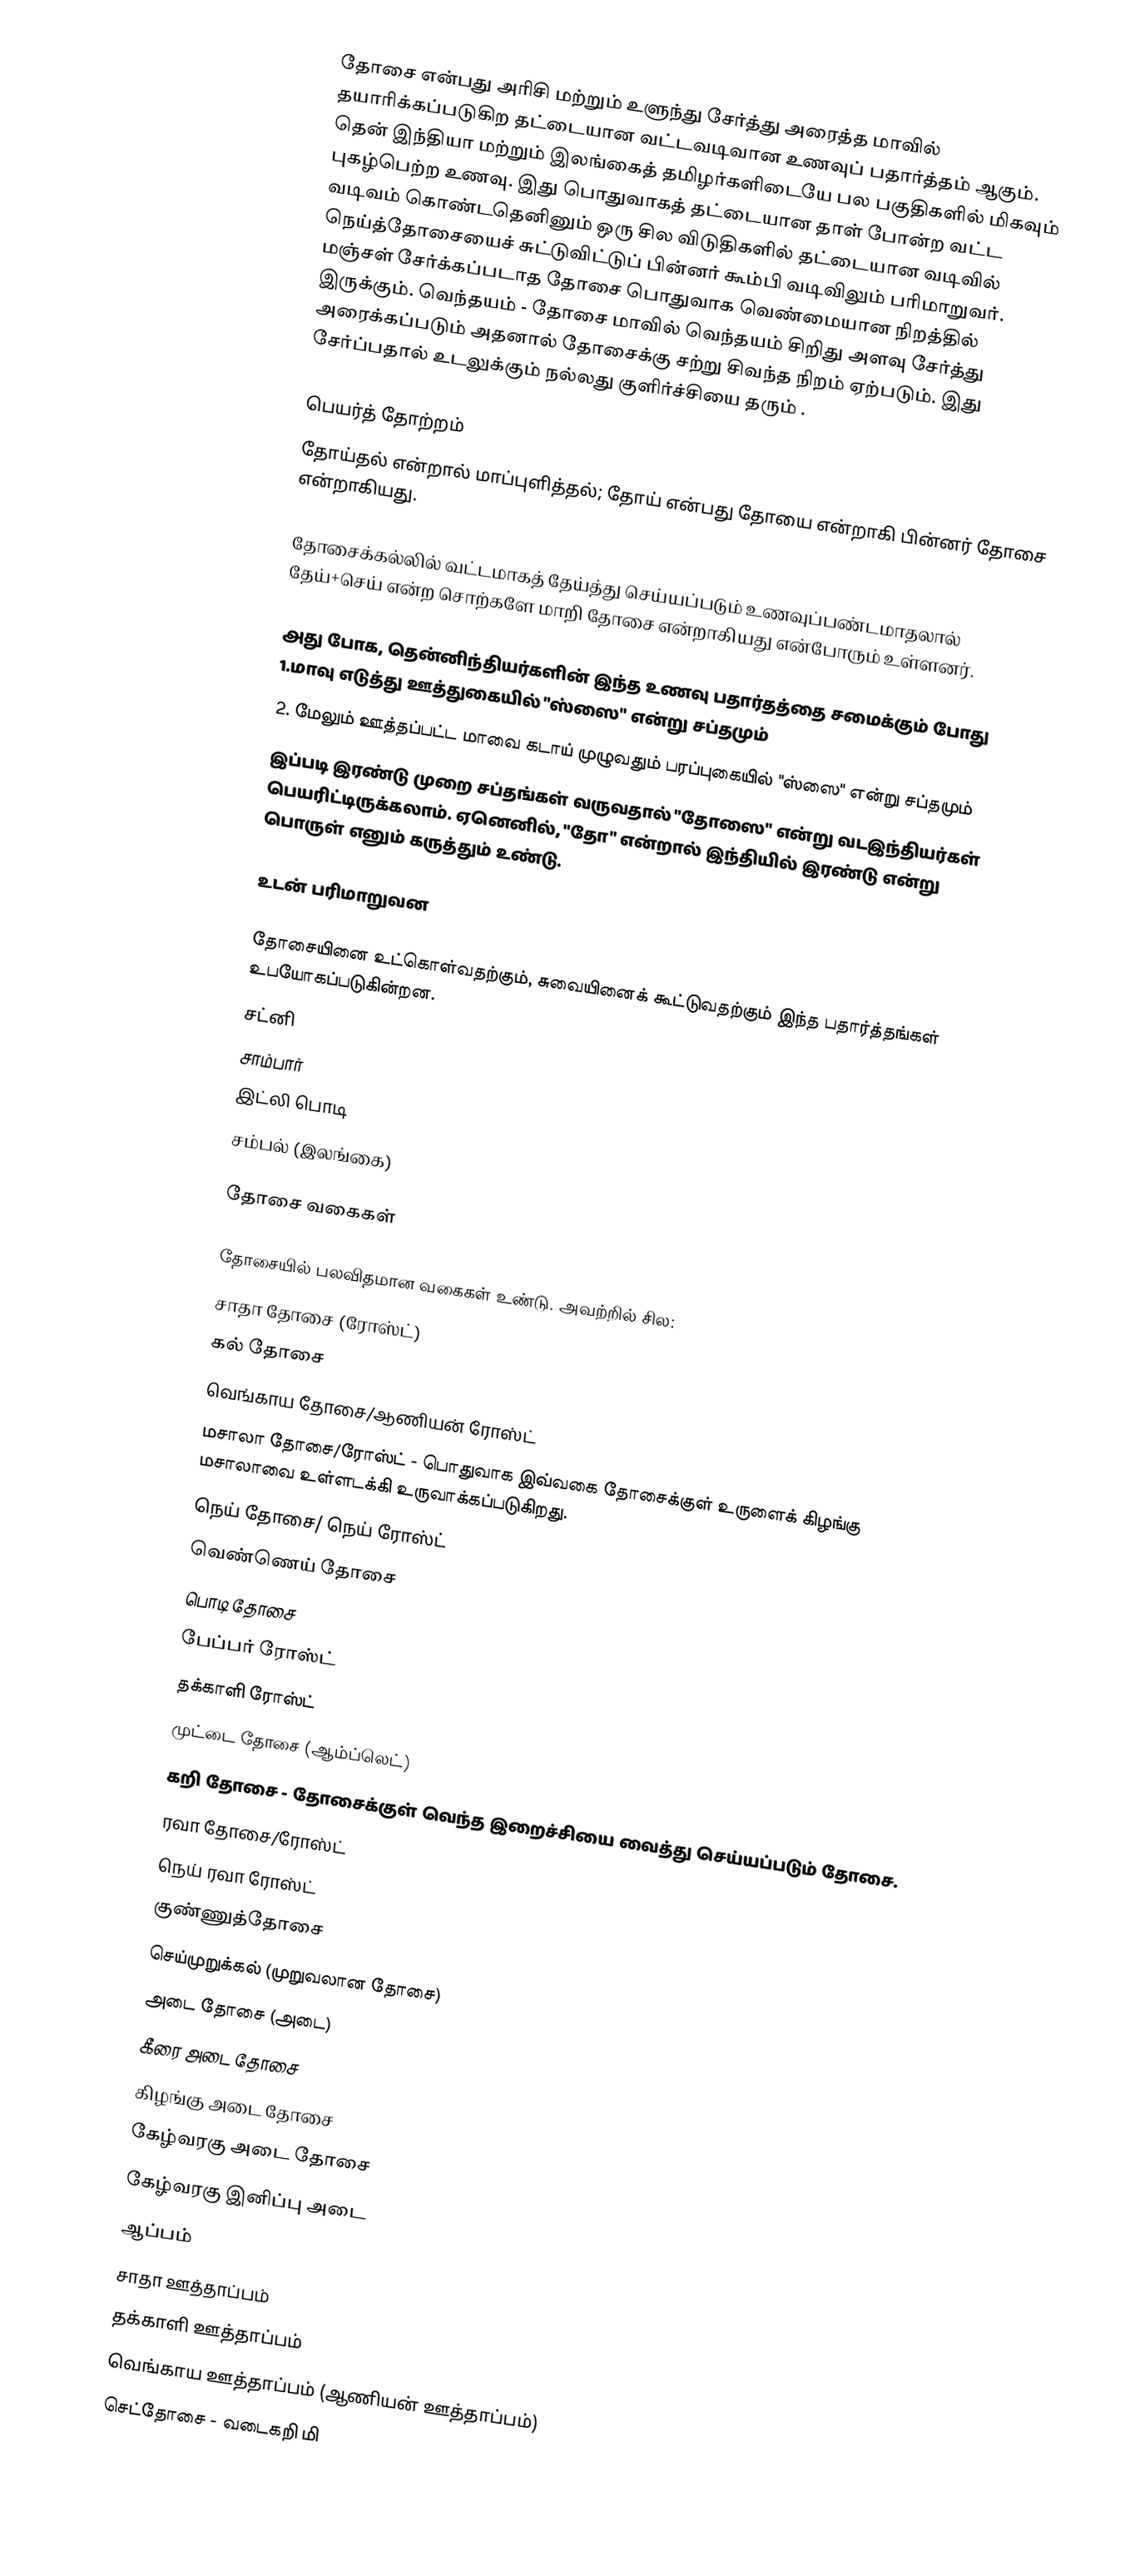
தோசை என்பது அரிசி மற்றும் உளுந்து சேர்த்து அரைத்த மாவில் தயாரிக்கப்படுகிற தட்டையான வட்டவடிவான உணவுப் பதார்த்தம் ஆகும்.  தென் இந்தியா மற்றும் இலங்கைத் தமிழர்களிடையே  பல பகுதிகளில் மிகவும் புகழ்பெற்ற உணவு. இது பொதுவாகத் தட்டையான தாள் போன்ற வட்ட வடிவம் கொண்டதெனினும் ஒரு சில விடுதிகளில் தட்டையான வடிவில் நெய்த்தோசையைச் சுட்டுவிட்டுப் பின்னர் கூம்பி வடிவிலும் பரிமாறுவர். மஞ்சள் சேர்க்கப்படாத தோசை பொதுவாக வெண்மையான நிறத்தில் இருக்கும். வெந்தயம் - தோசை மாவில் வெந்தயம் சிறிது அளவு சேர்த்து அரைக்கப்படும் அதனால் தோசைக்கு சற்று சிவந்த நிறம் ஏற்படும். இது சேர்ப்பதால் உடலுக்கும் நல்லது குளிர்ச்சியை தரும் .

பெயர்த் தோற்றம்
தோய்தல் என்றால் மாப்புளித்தல்; தோய் என்பது தோயை என்றாகி பின்னர் தோசை என்றாகியது.

தோசைக்கல்லில் வட்டமாகத் தேய்த்து செய்யப்படும் உணவுப்பண்டமாதலால் தேய்+செய் என்ற சொற்களே மாறி தோசை என்றாகியது என்போரும் உள்ளனர்.

அது போக, தென்னிந்தியர்களின் இந்த உணவு பதார்தத்தை சமைக்கும் போது 1.மாவு எடுத்து ஊத்துகையில் "ஸ்ஸை" என்று சப்தமும்
2. மேலும் ஊத்தப்பட்ட மாவை கடாய் முழுவதும் பரப்புகையில் "ஸ்ஸை" என்று சப்தமும்
இப்படி இரண்டு முறை சப்தங்கள் வருவதால் "தோஸை" என்று வடஇந்தியர்கள் பெயரிட்டிருக்கலாம். ஏனெனில், "தோ" என்றால் இந்தியில் இரண்டு என்று பொருள் எனும் கருத்தும் உண்டு.

உடன் பரிமாறுவன

தோசையினை உட்கொள்வதற்கும், சுவையினைக் கூட்டுவதற்கும் இந்த பதார்த்தங்கள் உபயோகப்படுகின்றன.
சட்னி
சாம்பார்
 இட்லி பொடி
 சம்பல் (இலங்கை)

தோசை வகைகள்

தோசையில் பலவிதமான வகைகள் உண்டு. அவற்றில் சில:
 சாதா தோசை (ரோஸ்ட்)
 கல் தோசை
 வெங்காய தோசை/ஆணியன் ரோஸ்ட்
 மசாலா தோசை/ரோஸ்ட் - பொதுவாக இவ்வகை தோசைக்குள் உருளைக் கிழங்கு மசாலாவை உள்ளடக்கி உருவாக்கப்படுகிறது.
 நெய் தோசை/ நெய் ரோஸ்ட்
வெண்ணெய் தோசை
 பொடி தோசை
 பேப்பர் ரோஸ்ட்
 தக்காளி ரோஸ்ட்
 முட்டை தோசை (ஆம்ப்லெட்)
 கறி தோசை - தோசைக்குள் வெந்த இறைச்சியை வைத்து செய்யப்படும் தோசை.
 ரவா தோசை/ரோஸ்ட்
 நெய் ரவா ரோஸ்ட்
 குண்ணுத்தோசை
 செய்முறுக்கல் (முறுவலான தோசை)
 அடை தோசை (அடை)
 கீரை அடை தோசை
 கிழங்கு அடை தோசை
 கேழ்வரகு அடை தோசை
 கேழ்வரகு இனிப்பு அடை
 ஆப்பம்
 சாதா ஊத்தாப்பம்
 தக்காளி ஊத்தாப்பம்
 வெங்காய ஊத்தாப்பம் (ஆணியன் ஊத்தாப்பம்)
 செட்தோசை - வடைகறி மி